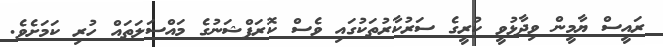
ރައީސް ޔާމީން ވިދާޅުވީ ކުރީގެ ސަރުކާރުތަކުގައި ވެސް ކޮރަޕްޝަނުގެ މައްސަލަތައް ހުރި ކަމަށެވެ.